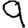
Digit: 9